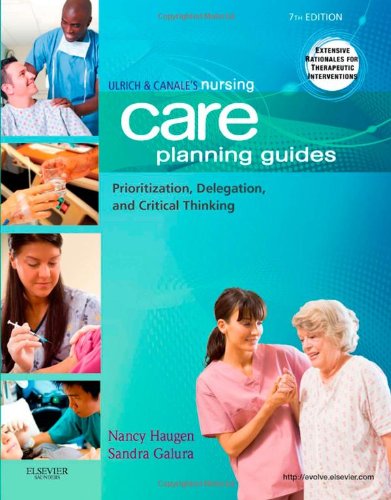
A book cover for Ulrich & Canale's Nursing Care Planning Guides: Prioritization, Delegation, and Critical Thinking, 7e (Nursing Care Planning Guides: For Adults in Acute, Extended and Homecare Settings); Nancy Haugen RN  MN  PhD; Medical Books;